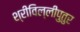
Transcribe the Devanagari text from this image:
श्रीविल्लीपुतुर